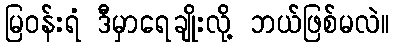
မြဝန်းရံ ဒီမှာရေချိုးလို့ ဘယ်ဖြစ်မလဲ။